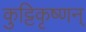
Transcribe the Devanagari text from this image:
कुट्टिकृष्णन्